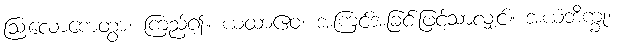
ဩလောကေတွာ၊ ကြည့်၍။ ယထာဧဝ၊ အကြင်အခြင်းဖြင့်သာလျှင်။ အယံဘိက္ခု၊